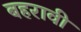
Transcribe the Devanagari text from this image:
बहरावी